Annual report on the Civil Veterinary Department, Burma (including the Insein Veterinary School) - 1932-1941
Year: 1932
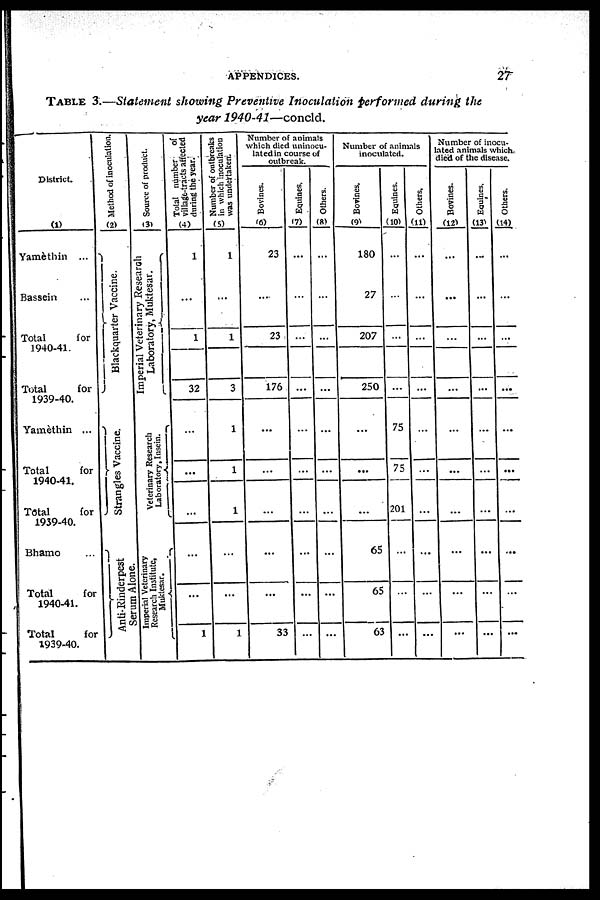
District.
(1)
Yamèthin ...
Bassein ...
Total
for
1940-41.
Total
for
1939-40.
Yamèthin ...
Total
for
1940-41.
Total
for
1939-40.
Bhamo
Total
for
1940-41.
Total
for
1939-40.
Method of inoculation.
(2)
Blackquarter Vaccine.
Strangles Vaccine.
Anti-Rinderpest
Serum Alone.
Source of product.
(3)
Imperial Veterinary Research
Laboratory, Muktesar.
Veterinary Research
Laboratory, Insein.
Imperial Veterinary
Research Institute,
Muktesar.
Total number of
village-tracts affected
during the year.
(4)
1
...
1
32
...
...
...
...
...
1
Number of outbreaks
in which inoculation
was undertaken.
(5)
1
...
1
3
1
1
1
...
...
1
Number of animals
which died uninocu-
lated in course of
outbreak.
Bovines.
(6)
23
...
23
176
...
...
...
...
...
33
Equities.
(7)
...
...
...
...
...
...
...
...
...
...
Others.
(8)
...
...
...
...
...
...
...
...
...
...
Number of animals
inoculated.
Bovines.
(9)
180
27
207
250
...
...
...
65
65
63
Equines.
(10)
...
...
...
...
75
75
201
...
...
...
Others.
(11)
...
...
...
...
...
...
...
...
...
...
Number of inocu-
ated animals which
died of the disease.
Bovines.
(12)
...
...
...
...
...
...
...
...
...
...
Equines.
(13)
...
...
...
...
...
...
...
...
...
...
Others.
(14)
...
...
...
...
...
...
...
...
...
...